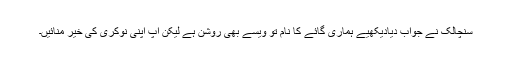
سنچالک نے جواب دیادیکھیے ہماری گائے کا نام تو ویسے بھی روشن ہے لیکن آپ اپنی نوکری کی خیر منائیں۔